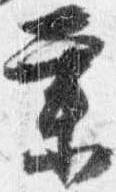
業